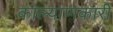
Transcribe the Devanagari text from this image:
काल्याणकारी